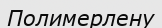
Полимерлену